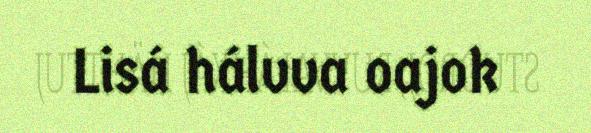
Lisá hálvva oajok